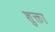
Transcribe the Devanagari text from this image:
शुक्ता